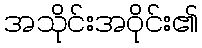
အသိုင်းအဝိုင်း၏